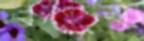
কাড়ুক